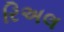
રિઅલ